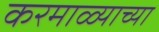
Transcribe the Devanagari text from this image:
करमाळ्याच्या